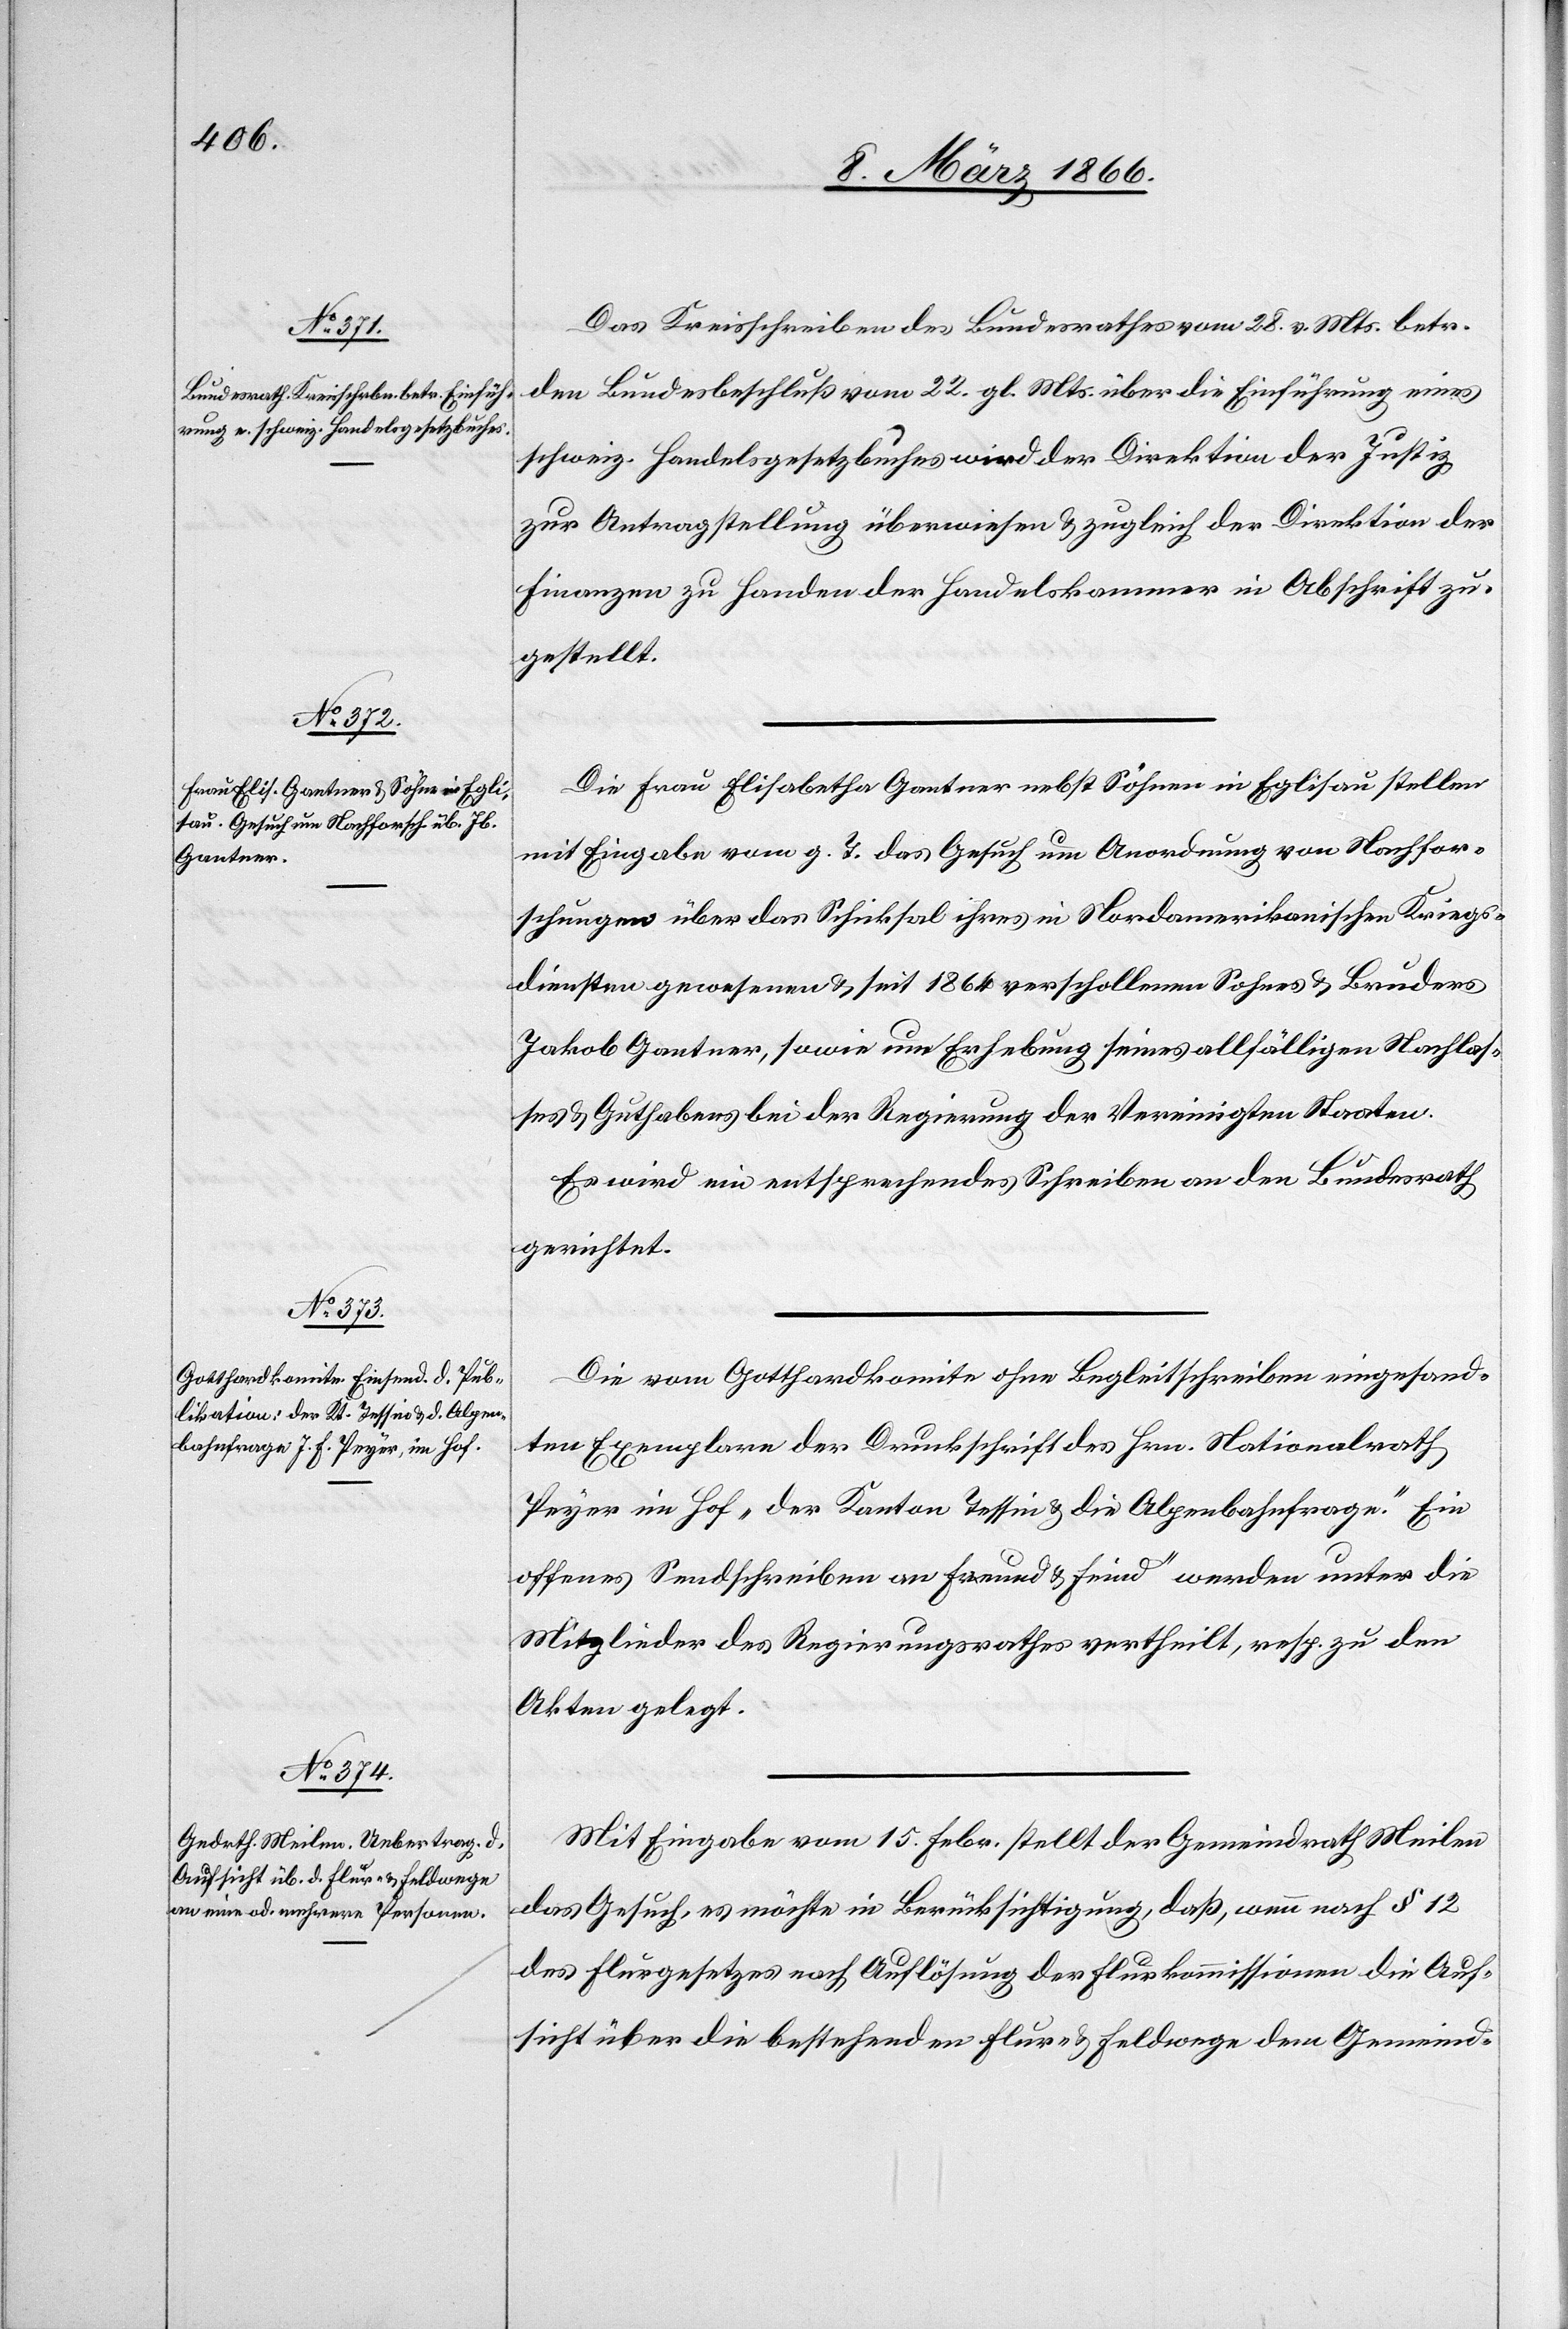
Das Kreisschreiben des Bundesrathes vom 28. v. Mts. betr.
den Bundesbeschluß vom 22. gl. Mts. über die Einführung eines
schweiz. Handelsgesetzbuches wird der Direktion der Justiz
zur Antragstellung überwiesen u. zugleich der Direktion der
Finanzen zu Handen der Handelskammer in Abschrift zu¬
gestellt.
Die Frau Elisabetha Gantner nebst Söhnen in Eglisau stellen
mit Eingabe vom g. T. das Gesuch um Anordnung von Nachfor¬
schungen über das Schicksal ihres in Nordamerikanischen Kriegs¬
diensten gewesenen u. seit 1864 verschollenen Sohnes u. Bruders
Jakob Gantner, sowie um Erhebung seines allfälligen Nachlas¬
ses u. Guthabens bei der Regierung der Vereinigten Staaten.
Es wird ein entsprechendes Schreiben an den Bundesrath
gerichtet.
Die vom Gotthardkomite ohne Begleitschreiben eingesand¬
ten Exemplare der Druckschrift des Hrn. Nationalrath
Peyer im Hof „der Kanton Tessin u. die Alpenbahnfrage.“ Ein
offenes Sendschreiben an Freund u. Feind“ werden unter die
Mitglieder des Regierungsrathes vertheilt, resp. zu den
Akten gelegt.
Mit Eingabe vom 15. Febr. stellt der Gemeindrath Meilen
das Gesuch, es möchte in Berücksichtigung, daß, wenn nach § 12
des Flurgesetzes nach Auflösung der Flurkommissionen die Auf¬
sicht über die bestehenden Flur- u. Feldwege dem Gemeind-